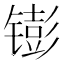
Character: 𬭵